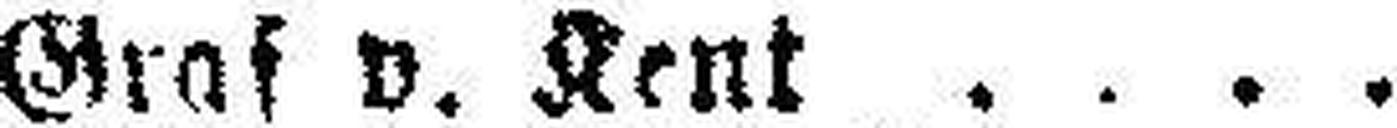
Graf v. Kent Hr. Klang.